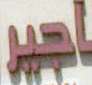
أجير